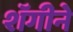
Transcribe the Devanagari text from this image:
शॅगीने